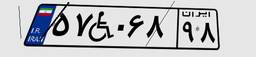
۹۵W۱۹۸۱۹